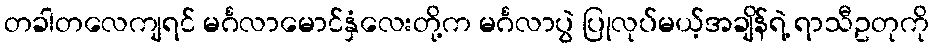
တခါတလေကျရင် မင်္ဂလာမောင်နှံလေးတို့က မင်္ဂလာပွဲ ပြုလုပ်မယ့်အချိန်ရဲ့ ရာသီဥတုကို